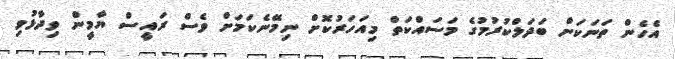
އެހެން ތަނަކަށް ބަދަލްކުރުމުގެ މަސައްކަތް މިއަހަރުކޮށް ނިމޭނެކަމަށް ވެސް ރައީސް ޔާމީން ވިދާޅުވި